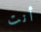
أنت